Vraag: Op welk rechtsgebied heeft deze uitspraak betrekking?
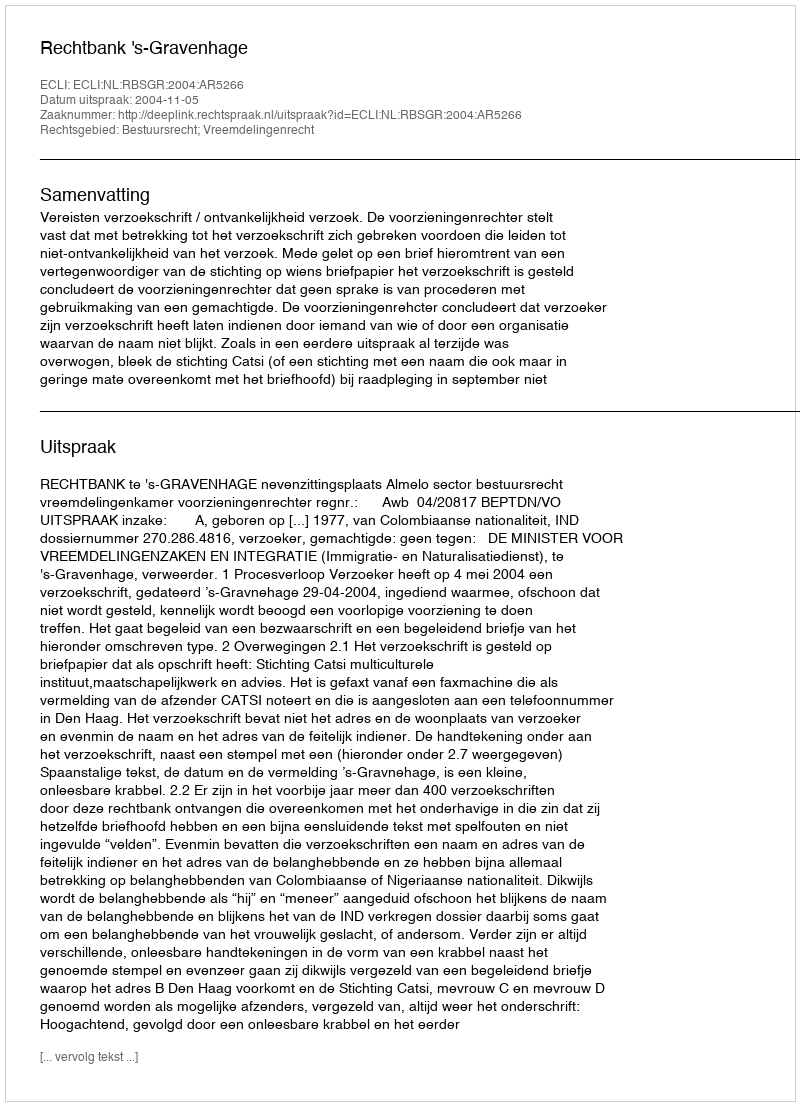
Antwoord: Bestuursrecht; Vreemdelingenrecht